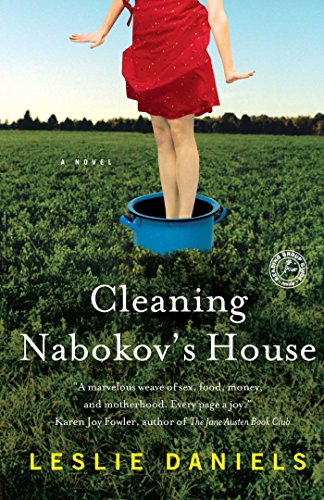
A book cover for Cleaning Nabokov's House: A Novel; Leslie Daniels; Literature & Fiction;